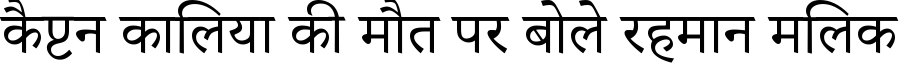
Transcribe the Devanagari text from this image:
कैप्टन कालिया की मौत पर बोले रहमान मलिक